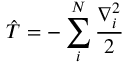
\hat { T } = - \sum _ { i } ^ { N } \frac { \nabla _ { i } ^ { 2 } } { 2 }